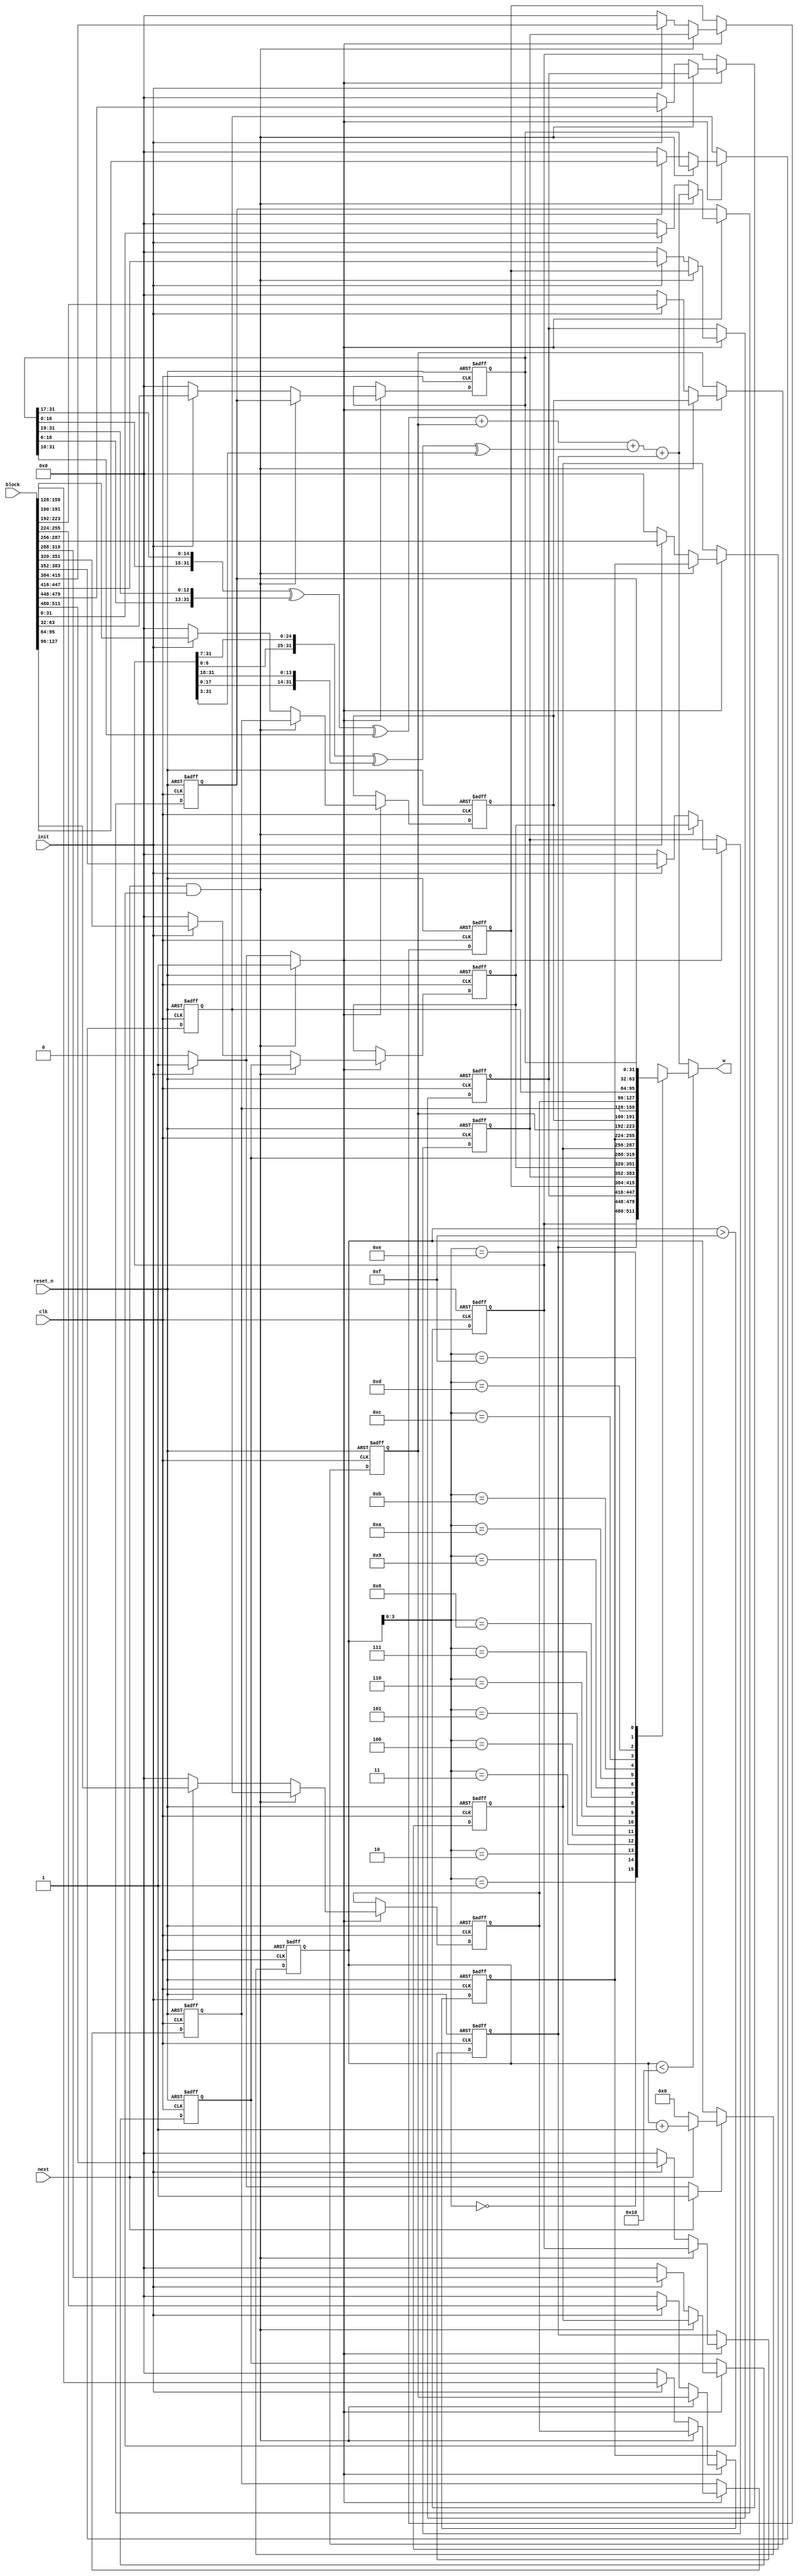
`default_nettype none

module sha256_w_mem(
                    input wire           clk,
                    input wire           reset_n,

                    input wire [511 : 0] block,

                    input wire           init,
                    input wire           next,
                    output wire [31 : 0] w
                   );


  //----------------------------------------------------------------
  // Registers including update variables and write enable.
  //----------------------------------------------------------------
  reg [31 : 0] w_mem [0 : 15];
  reg [31 : 0] w_mem00_new;
  reg [31 : 0] w_mem01_new;
  reg [31 : 0] w_mem02_new;
  reg [31 : 0] w_mem03_new;
  reg [31 : 0] w_mem04_new;
  reg [31 : 0] w_mem05_new;
  reg [31 : 0] w_mem06_new;
  reg [31 : 0] w_mem07_new;
  reg [31 : 0] w_mem08_new;
  reg [31 : 0] w_mem09_new;
  reg [31 : 0] w_mem10_new;
  reg [31 : 0] w_mem11_new;
  reg [31 : 0] w_mem12_new;
  reg [31 : 0] w_mem13_new;
  reg [31 : 0] w_mem14_new;
  reg [31 : 0] w_mem15_new;
  reg          w_mem_we;

  reg [5 : 0] w_ctr_reg;
  reg [5 : 0] w_ctr_new;
  reg         w_ctr_we;


  //----------------------------------------------------------------
  // Wires.
  //----------------------------------------------------------------
  reg [31 : 0] w_tmp;
  reg [31 : 0] w_new;


  //----------------------------------------------------------------
  // Concurrent connectivity for ports etc.
  //----------------------------------------------------------------
  assign w = w_tmp;


  //----------------------------------------------------------------
  // reg_update
  // Update functionality for all registers in the core.
  // All registers are positive edge triggered with synchronous
  // active low reset. All registers have write enable.
  //----------------------------------------------------------------
  always @ (posedge clk or negedge reset_n)
    begin : reg_update
      integer i;

      if (!reset_n)
        begin
          for (i = 0 ; i < 16 ; i = i + 1)
            w_mem[i] <= 32'h0;

          w_ctr_reg <= 6'h0;
        end
      else
        begin
          if (w_mem_we)
            begin
              w_mem[00] <= w_mem00_new;
              w_mem[01] <= w_mem01_new;
              w_mem[02] <= w_mem02_new;
              w_mem[03] <= w_mem03_new;
              w_mem[04] <= w_mem04_new;
              w_mem[05] <= w_mem05_new;
              w_mem[06] <= w_mem06_new;
              w_mem[07] <= w_mem07_new;
              w_mem[08] <= w_mem08_new;
              w_mem[09] <= w_mem09_new;
              w_mem[10] <= w_mem10_new;
              w_mem[11] <= w_mem11_new;
              w_mem[12] <= w_mem12_new;
              w_mem[13] <= w_mem13_new;
              w_mem[14] <= w_mem14_new;
              w_mem[15] <= w_mem15_new;
            end

          if (w_ctr_we)
            w_ctr_reg <= w_ctr_new;
        end
    end // reg_update


  //----------------------------------------------------------------
  // select_w
  //
  // Mux for the external read operation. This is where we exract
  // the W variable.
  //----------------------------------------------------------------
  always @*
    begin : select_w
      if (w_ctr_reg < 16)
        w_tmp = w_mem[w_ctr_reg[3 : 0]];
      else
        w_tmp = w_new;
    end // select_w


  //----------------------------------------------------------------
  // w_new_logic
  //
  // Logic that calculates the next value to be inserted into
  // the sliding window of the memory.
  //----------------------------------------------------------------
  always @*
    begin : w_mem_update_logic
      reg [31 : 0] w_0;
      reg [31 : 0] w_1;
      reg [31 : 0] w_9;
      reg [31 : 0] w_14;
      reg [31 : 0] d0;
      reg [31 : 0] d1;

      w_mem00_new = 32'h0;
      w_mem01_new = 32'h0;
      w_mem02_new = 32'h0;
      w_mem03_new = 32'h0;
      w_mem04_new = 32'h0;
      w_mem05_new = 32'h0;
      w_mem06_new = 32'h0;
      w_mem07_new = 32'h0;
      w_mem08_new = 32'h0;
      w_mem09_new = 32'h0;
      w_mem10_new = 32'h0;
      w_mem11_new = 32'h0;
      w_mem12_new = 32'h0;
      w_mem13_new = 32'h0;
      w_mem14_new = 32'h0;
      w_mem15_new = 32'h0;
      w_mem_we    = 0;

      w_0  = w_mem[0];
      w_1  = w_mem[1];
      w_9  = w_mem[9];
      w_14 = w_mem[14];

      d0 = {w_1[6  : 0], w_1[31 :  7]} ^
           {w_1[17 : 0], w_1[31 : 18]} ^
           {3'b000, w_1[31 : 3]};

      d1 = {w_14[16 : 0], w_14[31 : 17]} ^
           {w_14[18 : 0], w_14[31 : 19]} ^
           {10'b0000000000, w_14[31 : 10]};

      w_new = d1 + w_9 + d0 + w_0;

      if (init)
        begin
          w_mem00_new = block[511 : 480];
          w_mem01_new = block[479 : 448];
          w_mem02_new = block[447 : 416];
          w_mem03_new = block[415 : 384];
          w_mem04_new = block[383 : 352];
          w_mem05_new = block[351 : 320];
          w_mem06_new = block[319 : 288];
          w_mem07_new = block[287 : 256];
          w_mem08_new = block[255 : 224];
          w_mem09_new = block[223 : 192];
          w_mem10_new = block[191 : 160];
          w_mem11_new = block[159 : 128];
          w_mem12_new = block[127 :  96];
          w_mem13_new = block[95  :  64];
          w_mem14_new = block[63  :  32];
          w_mem15_new = block[31  :   0];
          w_mem_we    = 1;
        end

      if (next && (w_ctr_reg > 15))
        begin
          w_mem00_new = w_mem[01];
          w_mem01_new = w_mem[02];
          w_mem02_new = w_mem[03];
          w_mem03_new = w_mem[04];
          w_mem04_new = w_mem[05];
          w_mem05_new = w_mem[06];
          w_mem06_new = w_mem[07];
          w_mem07_new = w_mem[08];
          w_mem08_new = w_mem[09];
          w_mem09_new = w_mem[10];
          w_mem10_new = w_mem[11];
          w_mem11_new = w_mem[12];
          w_mem12_new = w_mem[13];
          w_mem13_new = w_mem[14];
          w_mem14_new = w_mem[15];
          w_mem15_new = w_new;
          w_mem_we    = 1;
        end
    end // w_mem_update_logic


  //----------------------------------------------------------------
  // w_ctr
  // W schedule adress counter. Counts from 0x10 to 0x3f and
  // is used to expand the block into words.
  //----------------------------------------------------------------
  always @*
    begin : w_ctr
      w_ctr_new = 6'h0;
      w_ctr_we  = 1'h0;

      if (init)
        begin
          w_ctr_new = 6'h0;
          w_ctr_we  = 1'h1;
        end

      if (next)
        begin
          w_ctr_new = w_ctr_reg + 6'h01;
          w_ctr_we  = 1'h1;
        end
    end // w_ctr
endmodule // sha256_w_mem

//======================================================================
// sha256_w_mem.v
//======================================================================